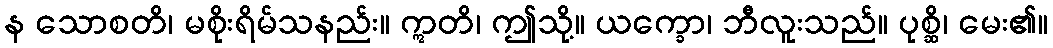
န သောစတိ၊ မစိုးရိမ်သနည်း။ ဣတိ၊ ဤသို့။ ယက္ခော၊ ဘီလူးသည်။ ပုစ္ဆိ၊ မေး၏။